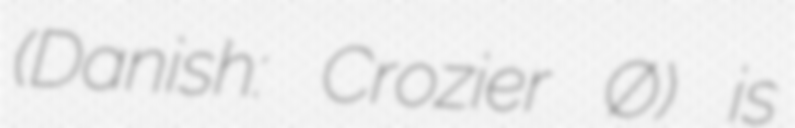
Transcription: (Danish: Crozier Ø) is